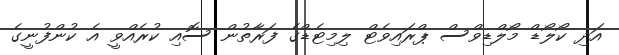
އަދި ކޯލޯޑް މޯލްޑިވްސް ޕްރައިވެޓް ލިމިޓެޑްގެ ފަރާތުން ސޮއި ކުރެއްވީ އެ ކުންފުނީގެ